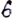
Text: 6